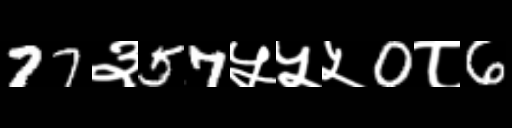
Text: 77३57५५५0८6